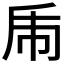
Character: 𢁺